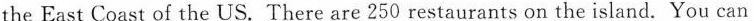
the East Coast of the US. There are 250 restaurants on the island. You can